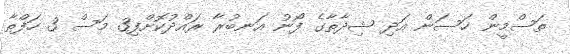
ތަސްމީން ހަސަން އަދި ޝިދާތާގެ ފޯނު އަނބުރާ ރައްދުކޮށްފި3 މަސް 3 ހަފްތާ